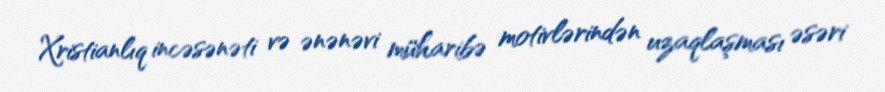
Xristianlıq incəsənəti və ənənəvi müharibə motivlərindən uzaqlaşması əsəri